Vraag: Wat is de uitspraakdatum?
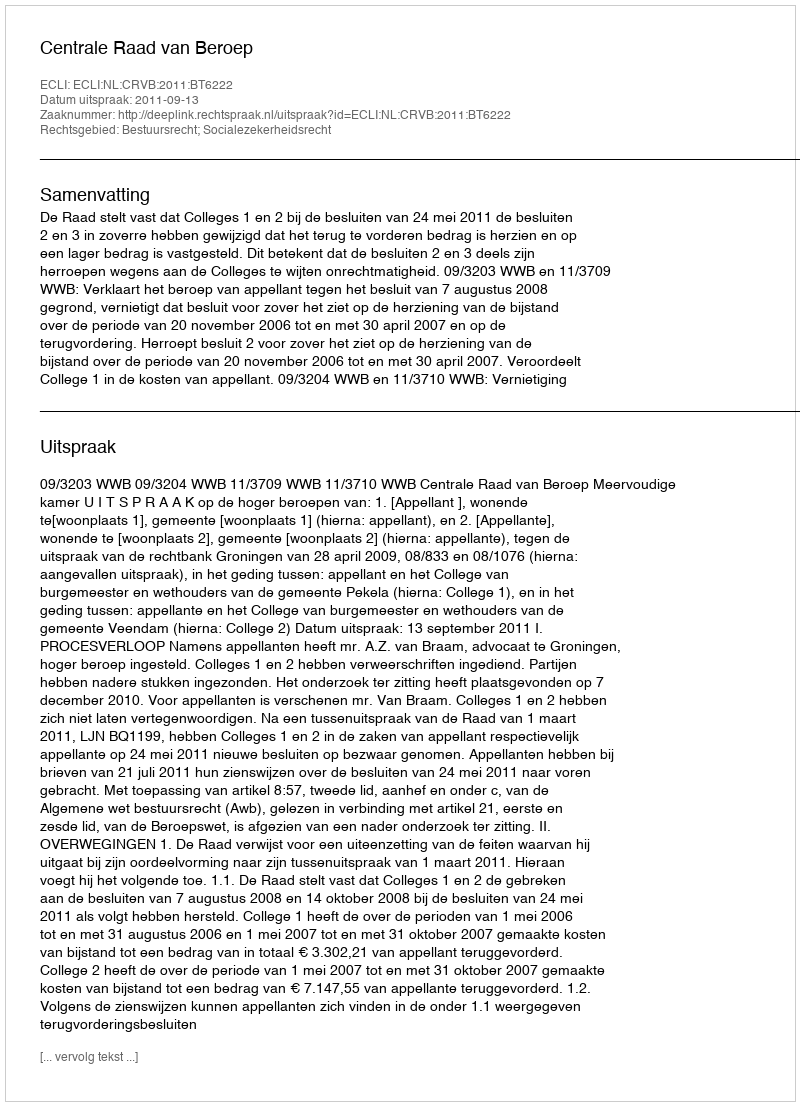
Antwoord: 2011-09-13